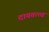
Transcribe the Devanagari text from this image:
दायतत्त्व